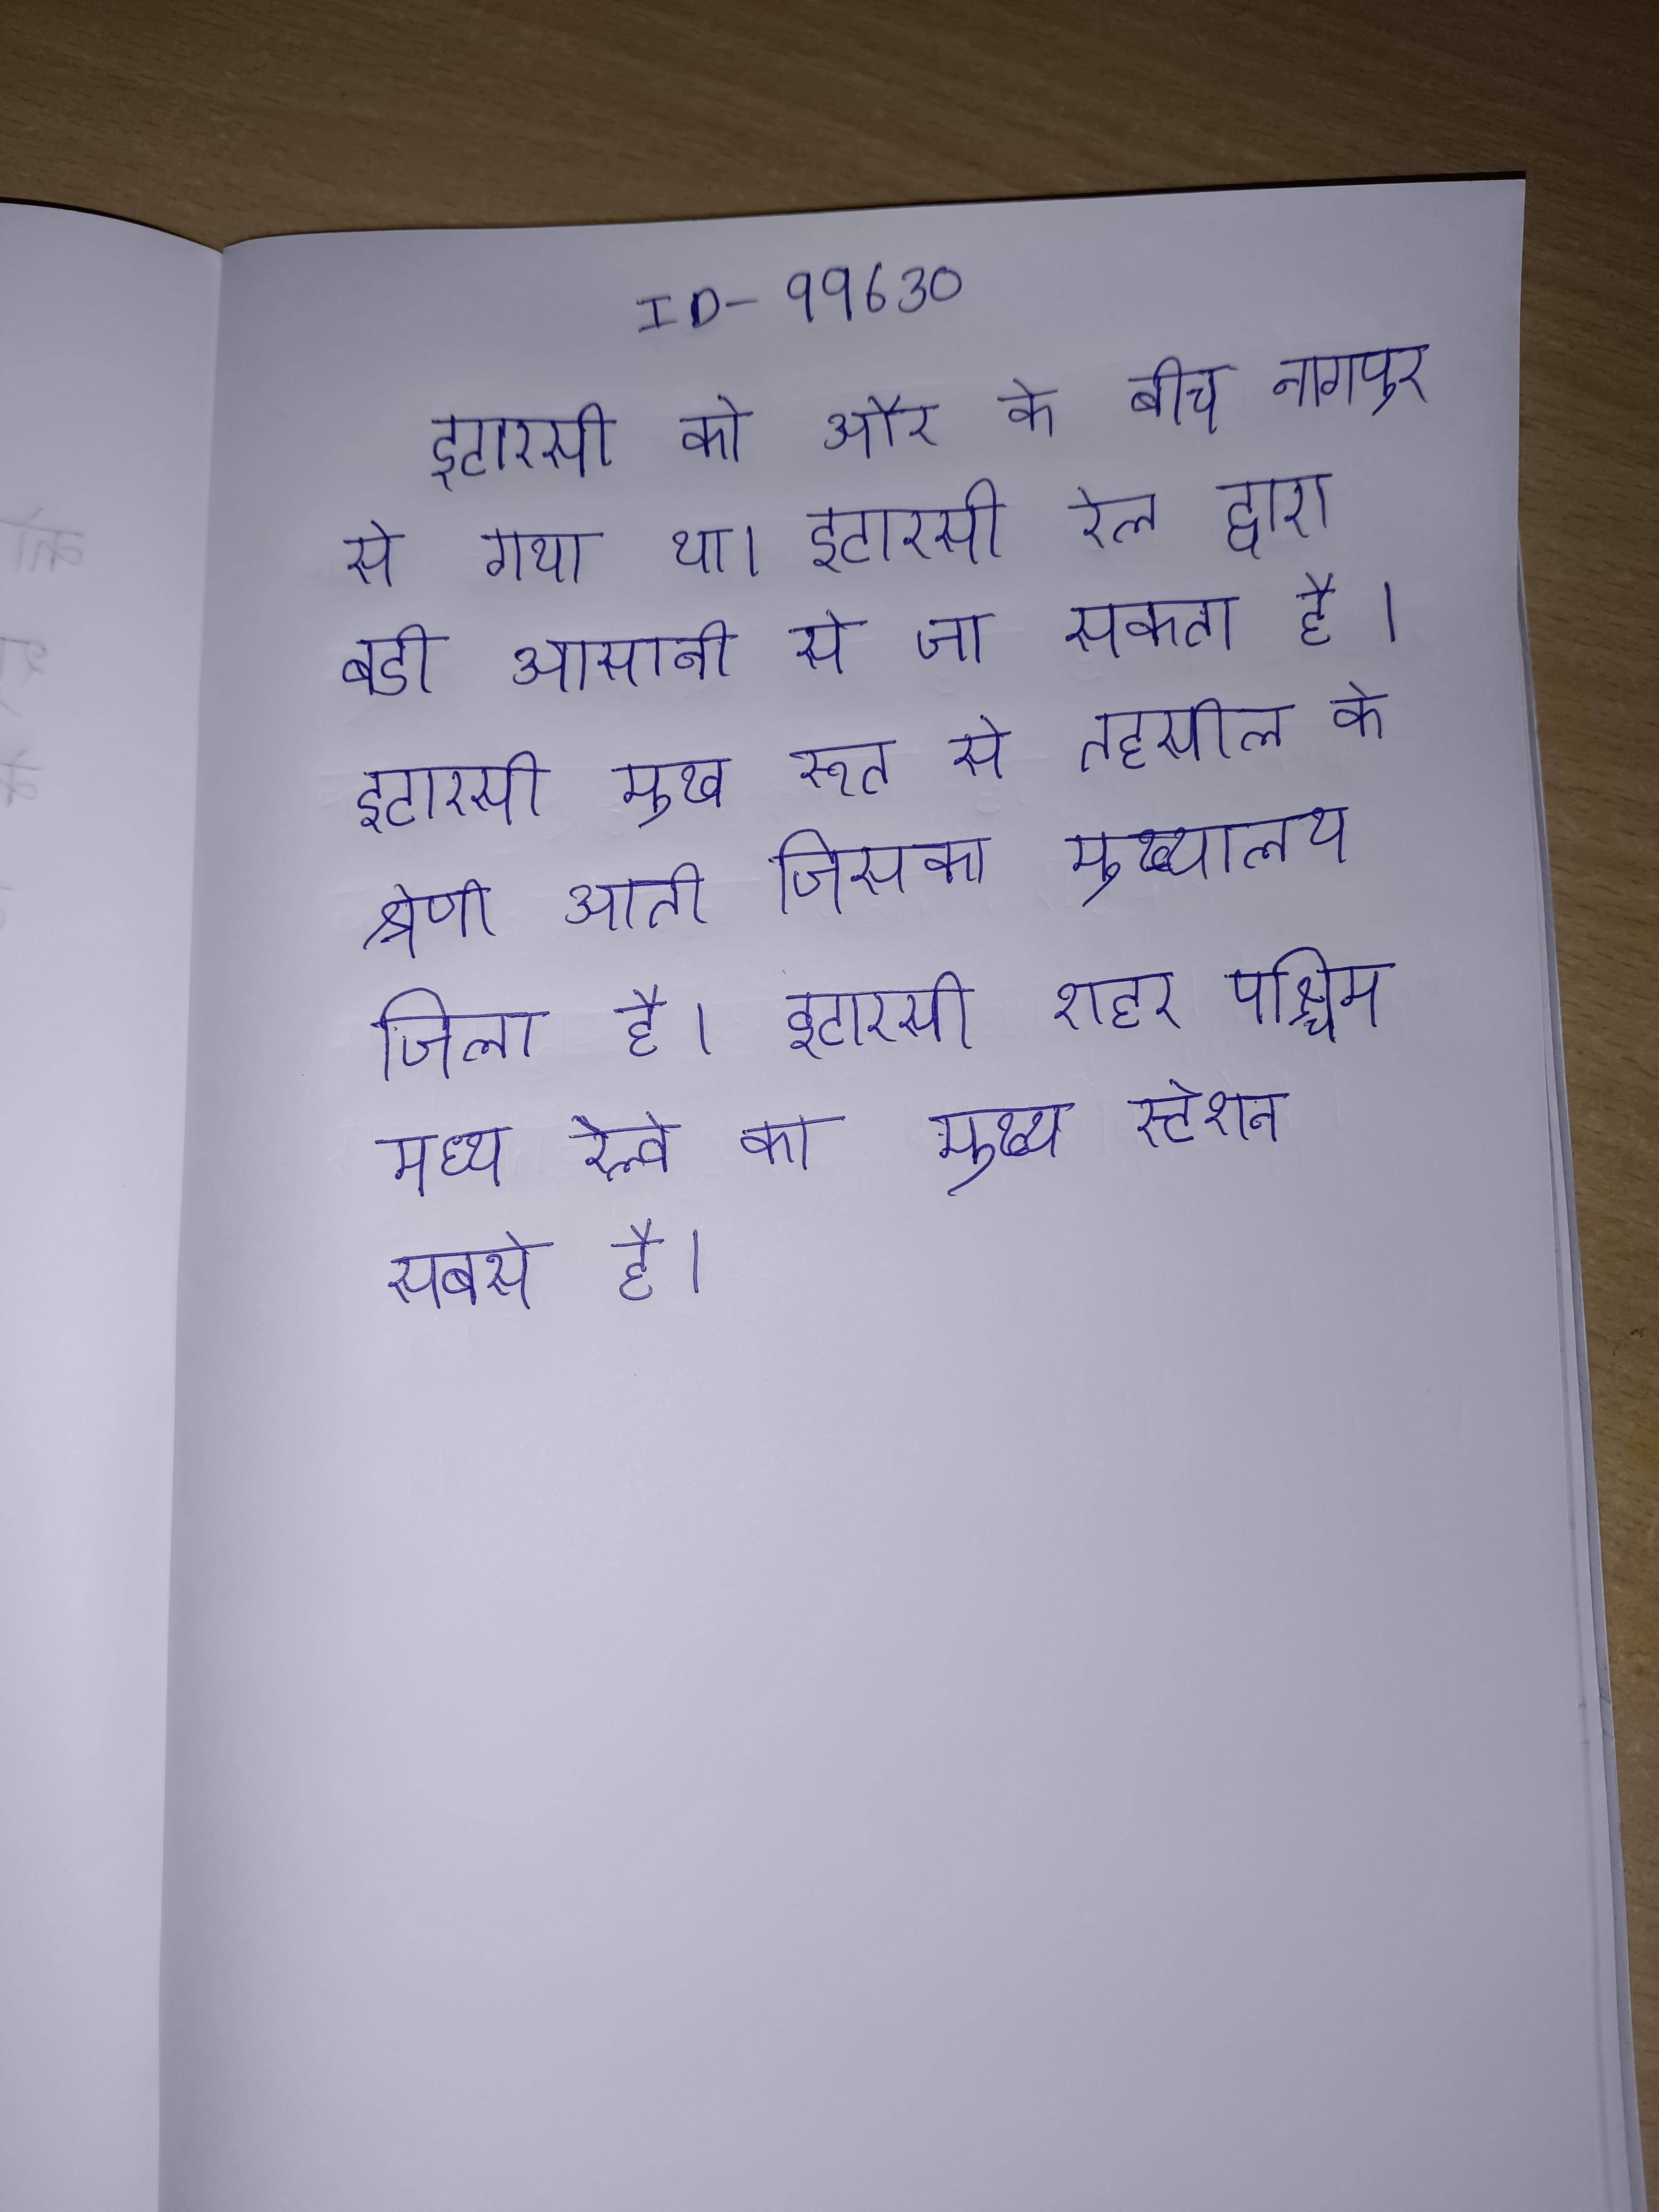
इटारसी को और के बीच नागपुर से गया था । इटारसी रेल द्वारा बडी आसानी से जा सकता है । इटारसी मुख रूप से तहसील के श्रेणी आती जिसका मुख्यालय जिला है । इटारसी शहर पश्चिम मध्य रेल्वे का मुख्य स्टेशन सबसे है ।